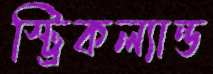
স্ট্রিকল্যান্ড